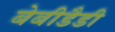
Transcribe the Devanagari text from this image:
बेबीडैडी